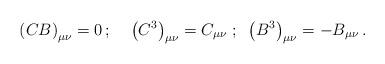
LaTeX: \begin{align*}\left( C B \right)_{\mu \nu}=0 \, ;\;\;\;\;\left( C^{3} \right)_{\mu \nu}=C_{\mu \nu} \;;\;\; \left( B^{3} \right)_{\mu \nu}=-B_{\mu \nu} \,.\end{align*}